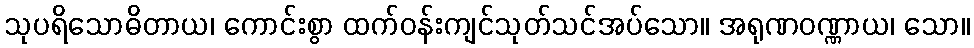
သုပရိသောဓိတာယ၊ ကောင်းစွာ ထက်ဝန်းကျင်သုတ်သင်အပ်သော။ အရုဏဝဏ္ဏာယ၊ သော။